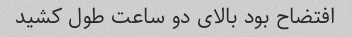
افتضاح بود بالای دو ساعت طول کشید